Annual report on the lock hospitals of the Madras Presidency
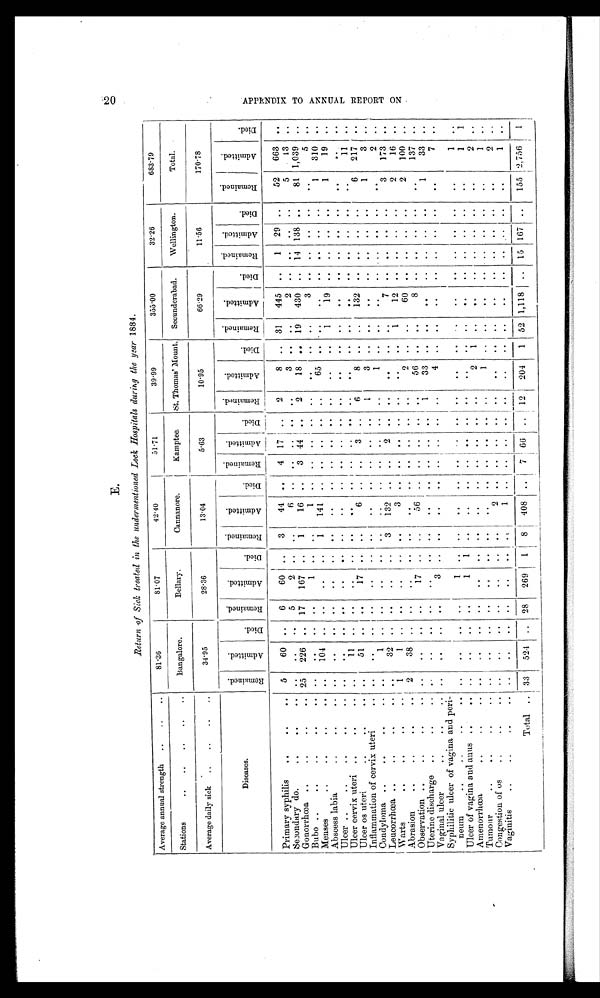
t:6
cz)
0
E .
Return of Sick treated in the undermentioned Lock Hospitals during the year 1884.
Average annual strength
.. .. ..
81.36
81.07
42.40
51.71
39.99
355.00
32.26
683.79
Stations
..
..
.. ..
..
Bangalore.
Bellary.
Cannanore.
Kamptee.
St. Thomas' Mount. Secunderabad.
Wellington.
Total.
Average daily sick ..
..
.. ..
34.95
28.36
13.04
5.63
10.95
66.29
11.56
170.78
Diseases.
R e m a i n e d .
A d m i t t e d .
Died. R e m a i n e d .
A d m i t t e d .
D i e d .
R e m a i n e d .
A d m i t t e d .
D i e d
R e m a i n e d . A d m i t t e d .
D i e d .
R e m a i n e d .
A d m i t t e d .
D i e d .
Re ma i n e d .
A d m i t t e d .
D i e d .
R e m a i n e d .
A d m i t t e d .
D i e d .
R e m a i n e d .
A d m i t t e d .
D i e d .
Primary syphilis
.. .. ..
5
60 ..
6
60
..
3
44
..
4 17 .. 2
8 .. 31 445 ..
1 29
..
52 663
..
Secondary do.
.. ..
.. .. ..
5
2
.. ..
6
.. .. .. .. ..
3 .. ..
2
.. .. .. ..
5
13 ..
Gonorrhœa ..
..
.. 25 226 .. 17 167
..
1
16
..
3 44
..
2
18
..
19 430
..
14 138
..
81 1,039
..
Bubo ..
..
.. ..
.. ..
..
.. ..
1
.. ..
1
.. .. .. .. .. .. .. ..
3
.. .. .. ..
..
5
..
Menses
..
..
..
..
104 .. ..
..
..
1
141
.. ..
.. .. ..
65 .. ..
..
.. .. .. ..
1
310
..
Abscess labia
..
..
.. ..
..
.. ..
..
.. ..
..
.. .. .. .. ..
..
..
1
1 9
.. .. .. ..
1
19 ..
Ulcer
.. ..
.. ..
..
..
..
..
.. .. .. .. .. .. .. .. ..
.. ..
.. .. .. .. .. .. .. ..
Ulcer cervix uteri ..
..
..
11 .. ..
..
.. ..
.. .. .. .. .. ..
..
.. .. .. .. .. .. ..
..
11
..
Ulcer os uteri
..
..
.. ..
51 .. ..
17
..
..
6 ..
..
3
..
6
8
.. ..
132 .. .. .. ..
6
217 ..
Inflammation of cervix uteri
.. ..
..
.. ..
..
.. ..
..
.. .. .. ..
1
3 ..
.. .. .. .. .. ..
1
3 ..
Condyloma ..
..
..
.. .. 1
.. ..
..
..
..
..
.. .. .. .. ..
1 .. ..
.. .. .. .. ..
..
2 ..
Leucorrhœa ..
..
..
..
..
32 .. ..
..
..
3 132
2
.. .. ..
.. ..
7
.. .. .. ..
3 173
..
Warts
.. .. ..
.. 1
1
.. ..
..
.. ..
3
.. .. ..
.. ..
..
..
1
1 2
.. .. .. ..
2
16
..
Abrasion
..
..
..
.. 2
38 .. ..
..
.. .. .. .. .. .. .. ..
2 .. ..
6 0
.. .. .. ..
2 100 ..
Observation ..
..
..
.. ..
..
.. ..
17 .. ..
56
.. .. .. .. ..
56 .. ..
8
.. .. .. ..
..
137 ..
Uterine discharge ..
..
.. ..
..
.. ..
..
.. ..
..
1
33 .. . .
. .
1
33 ..
Vaoinal ulcer..
.. .. ..
..
.. .. ..
3 .. . .
. .
4 . . . .
. .
. . . . . . . .
. .
7 ..
Syphilitic ulcer of vagina and peri-
noon/
..
..
..
..
..
..
1 .. ..
. .
.
. . .
. .
.. . .
. .
. .
. .
. .
. .
..
1 ..
Ulcer of vagina and anus .. .. ..
..
.. ..
1 1 ..
.. . . . . . . . . . .
..
.. ..
..
..
1
. .
Amenorrhœa
..
..
..
..
..
.. ..
..
. .
. .
..
2 1 ..
..
..
2 ..
Tumour
..
.. ..
..
..
.. ..
..
. .
. .
..
..
. . . . . .
. .
1 . . . .
. .
. .
1 . .
Congestion of os
..
..
.. ..
.. ..
..
. . ..
2 .. .. .. . . ..
..
.. .. . .
..
9 . .
Vaginitis
..
..
..
..
..
.. ..
1 .. .. . . .. ..
.. . . ..
. .
. . .
..
1 ..
Total
..
33 524 ..
.
_
28 269 1 8 408
--
.. 1 7 66 . . 12. 19 ; 204 1 52
1
1,118 .. 15 167 ..
155 2,756
:
1